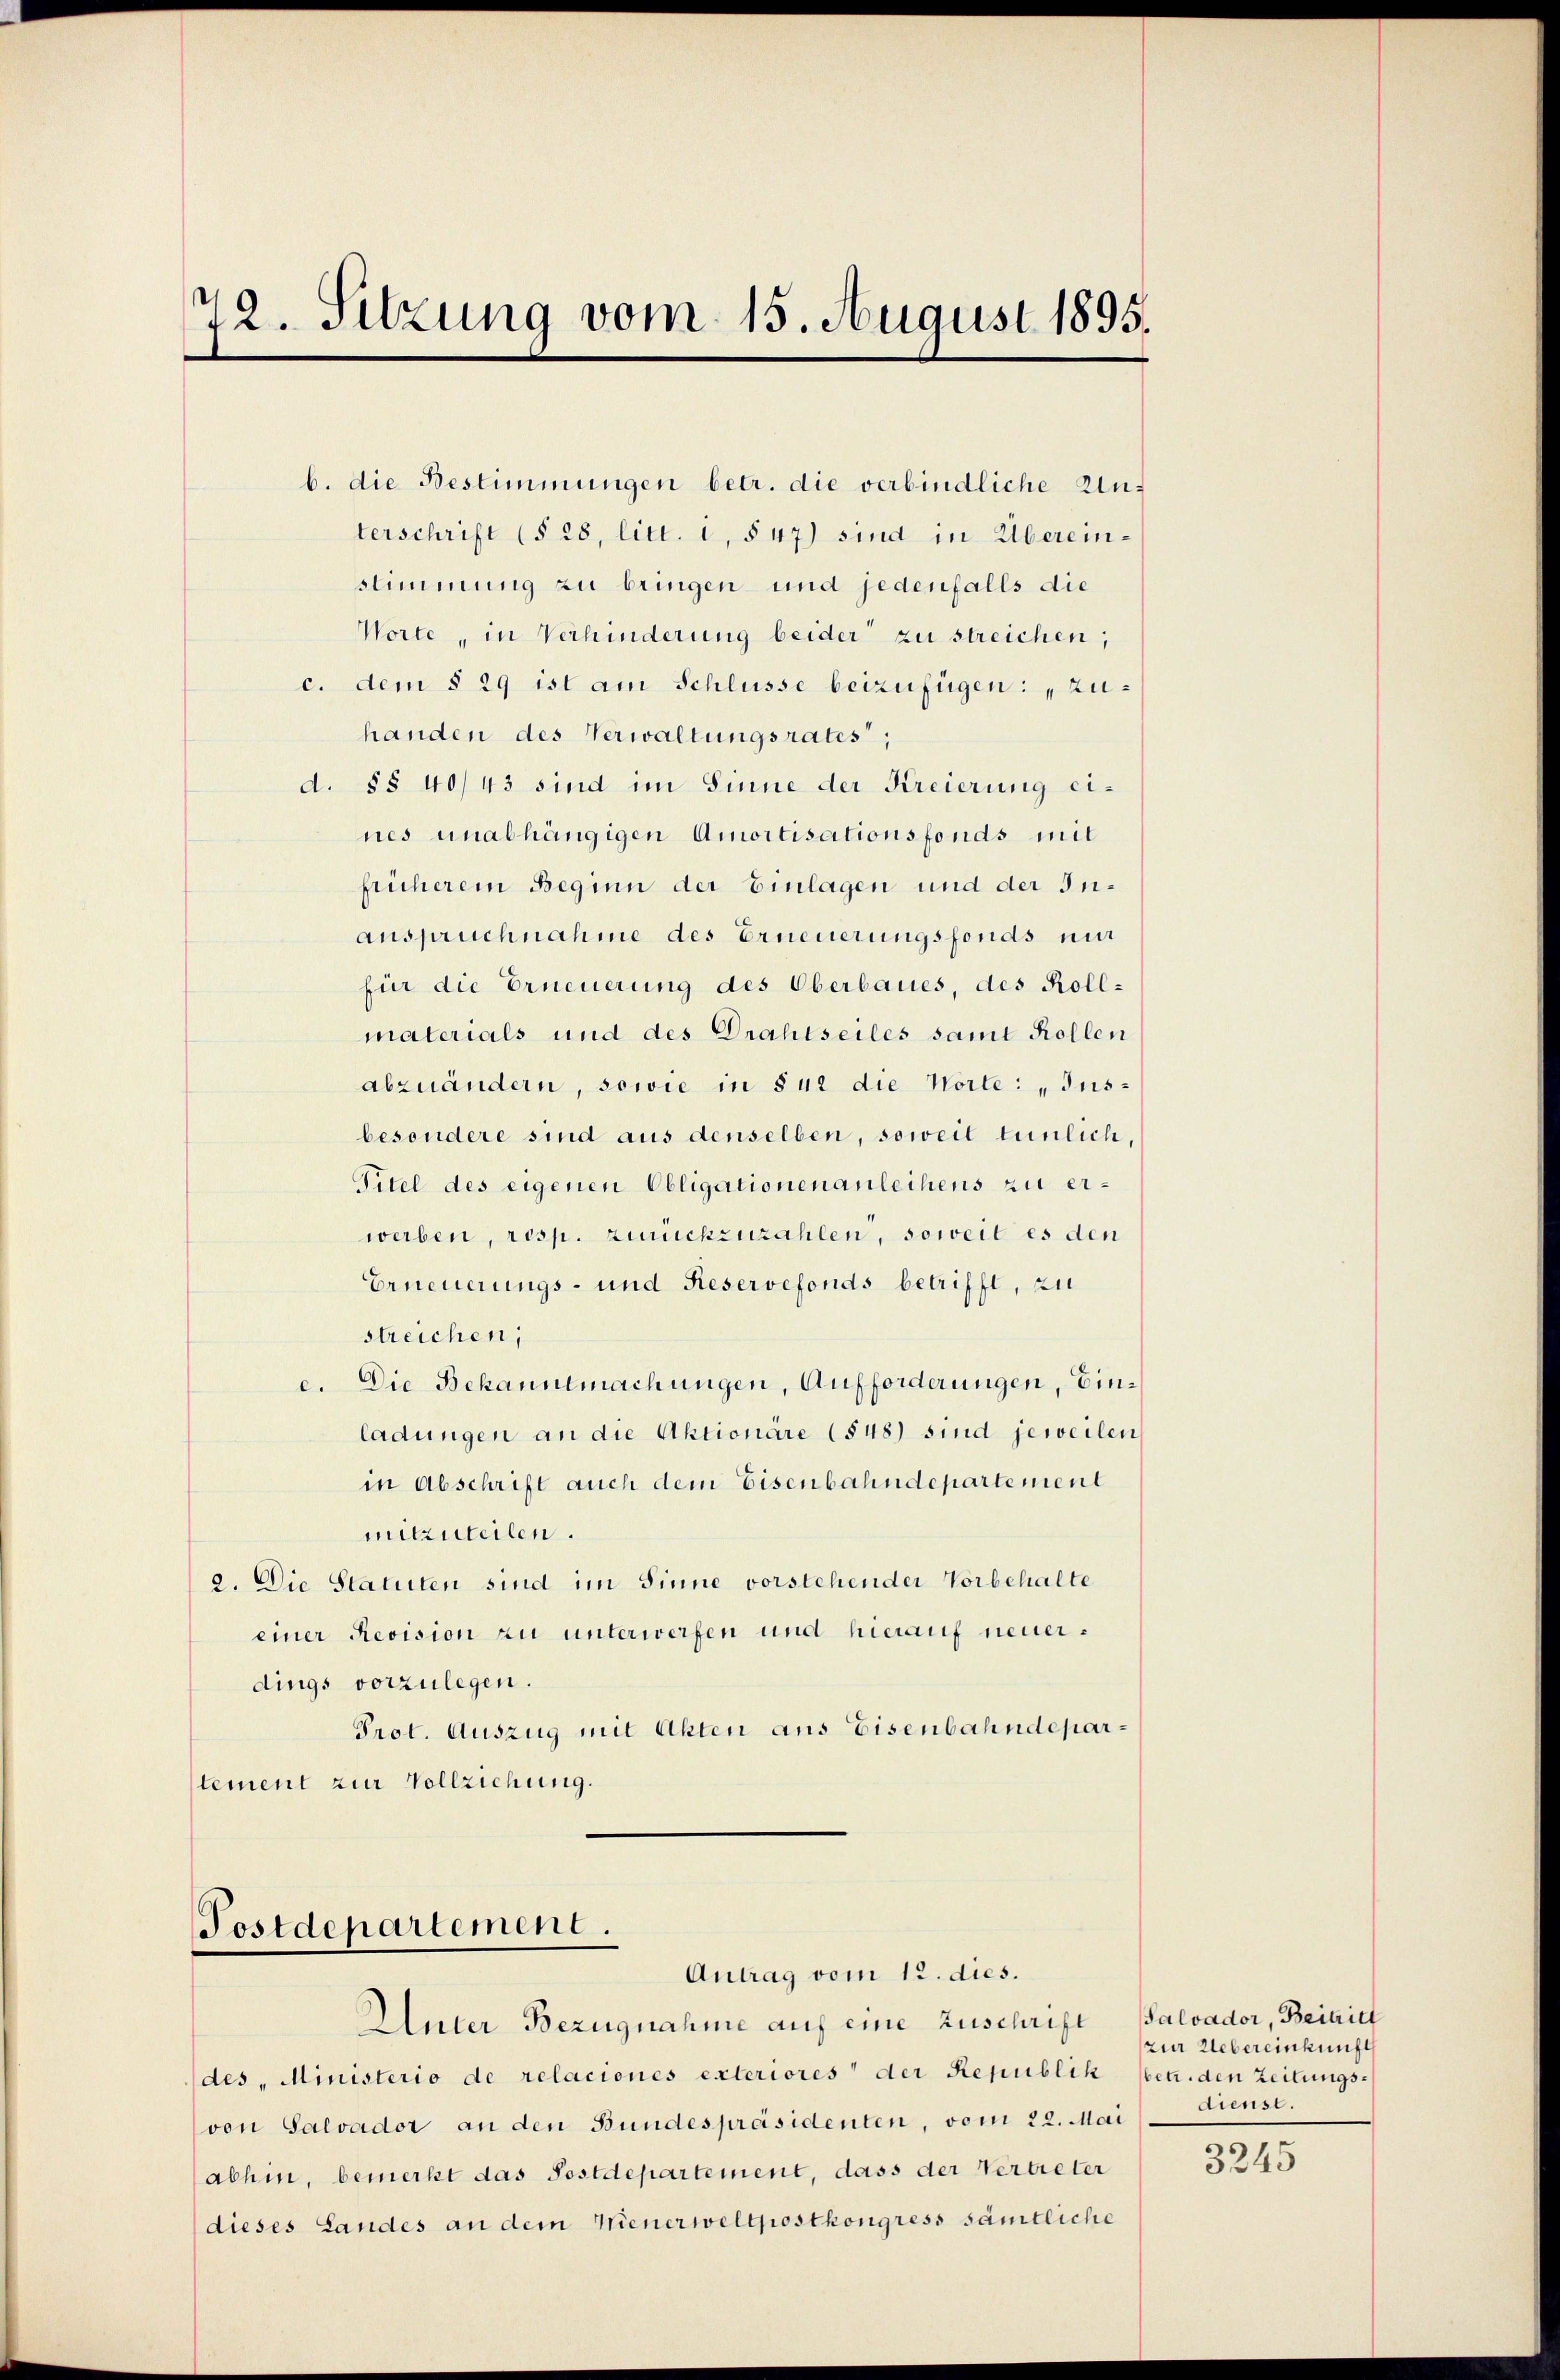
72. Sitzung vom 15. August 1895.

b. die Bestimmungen betr. die verbindliche Unterschrift (§ 28, litt. i, § 47) sind in Übereinstimmung zu bringen- und jedenfalls die
Worte, in Verhinderung beider zu streichen,
c. dem § 29 ist am Schlüsse beizufügen: „Zuhanden des Verwaltungsrates,
d. §§ 40/43 sind im Sinne der Kreierung eines unabhängigen Amortisationsfonds mit
früherem Beginn der Einlagen und der Inanspruchnahme des Erneuerungsfonds mir
für die Erneuerung des Oberbaues, des Rollmaterials und des Drahtseiles samt Kollen
abzuändern, sowie in § 42 die Worte: „Jusbesondere sind aus denselben, soweit tunlich,
Titel des eigenen Obligationen anleihens zu erwerben, resp. zurückzuzahlen, soweit es den
Erneuerungs- und Rieservefonds betrifft, zu
streichen;
e. Die Bekanntmachungen, Aufforderungen, Einladungen an die Aktionäre (548) sind jeweilen
in Abschrift auch dem Eisenbahndepartement
mitzuteilen.
2. Die Statuten sind im Sinne vorstehender Vorbehalte
einer Revision zu unterwerfen und hierauf neuerdings vorzulegen.
Prot. Auszug mit Akten aus Eisenbahndepartement zur Vollziehung.

Postdepartement.
Antrag vom 12. dies.
Unter Bezugnahme auf eine Zuschrift

des Ministerio de relaciones exteriores der Republik
von Salvador an den Bundespräsidenten, vom 22. Mai
abhin, bemerkt das Postdepartement, dass der Vertreter
dieses Landes an dem Wienerweltpostkongress sämtliche

Salvador, Beitritt
zur Uebereinkunft
betr. den Zeitungsdienst.

3245